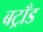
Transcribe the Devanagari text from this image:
बट्राँड